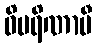
ဝိပရိဏာမီ